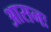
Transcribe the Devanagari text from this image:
आसनः